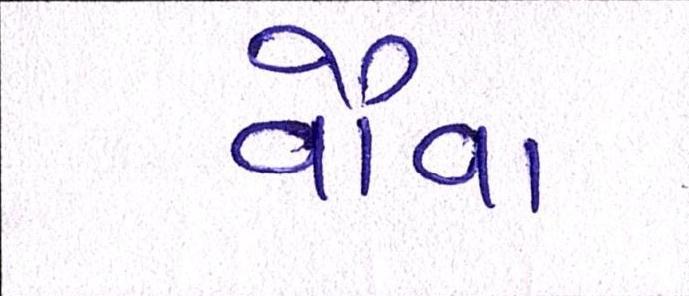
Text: વૌવા